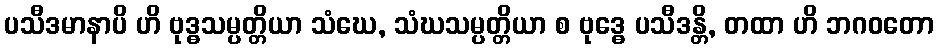
ပသီဒမာနာပိ ဟိ ဗုဒ္ဓသမ္ပတ္တိယာ သံဃေ, သံဃသမ္ပတ္တိယာ စ ဗုဒ္ဓေ ပသီဒန္တိ, တထာ ဟိ ဘဂဝတော